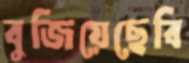
বুজিয়েছেবি